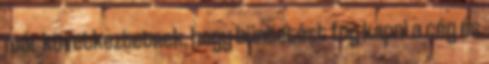
már következtetnek, hogy büntetést fog kapni a cég és